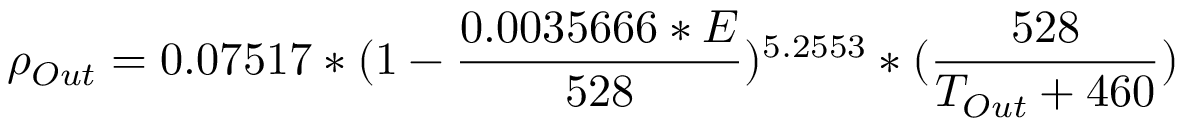
\rho _ { O u t } = 0 . 0 7 5 1 7 * ( 1 - { \frac { 0 . 0 0 3 5 6 6 6 * E } { 5 2 8 } } ) ^ { 5 . 2 5 5 3 } * ( { \frac { 5 2 8 } { T _ { O u t } + 4 6 0 } } ) \,